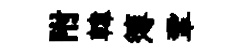
附韓簿鞏